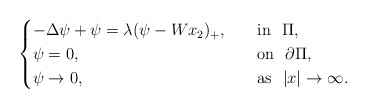
\begin{align*}\begin{cases}-\Delta \psi +\psi =\lambda(\psi -Wx_2)_+, \quad&\mathrm{in}\ \ \Pi ,\\\psi =0,&\mathrm{on}\ \ \partial \Pi ,\\\psi \rightarrow 0,&\mathrm{as}\ \ |x|\rightarrow \infty .\\\end{cases}\end{align*}